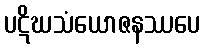
ပဋိဃသံယောဇနဿပေ